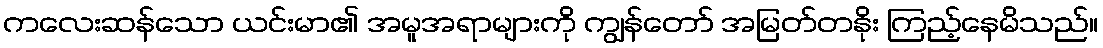
ကလေးဆန်သော ယင်းမာ၏ အမူအရာများကို ကျွန်တော် အမြတ်တနိုး ကြည့်နေမိသည်။